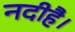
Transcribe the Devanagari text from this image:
नदीहै।